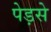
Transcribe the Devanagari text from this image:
पेड़से